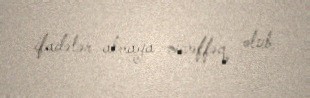
ifadələr almağa müvəffəq olub.